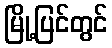
မြို့ပြင်တွင်